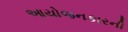
આયોજનકારની